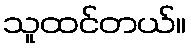
သူထင်တယ်။